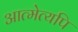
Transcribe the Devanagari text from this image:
आत्मेत्यपि